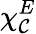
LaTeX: \chi_{\mathcal{C}}^{E}